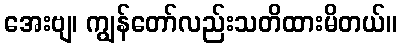
အေးဗျ၊ ကျွန်တော်လည်းသတိထားမိတယ်။